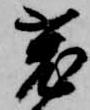
兎